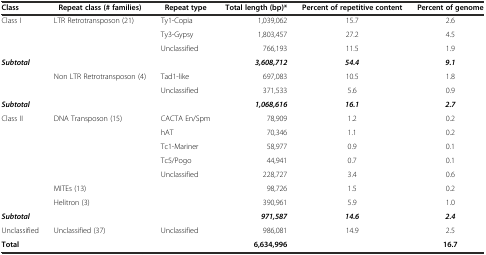
| Class | Repeat class (# families) | Repeat type | Total length (bp)* | Percent of repetitive content | Percent of genome |
 | --- | --- | --- | --- | --- | --- |
 | Class I | LTR Retrotransposon (21) | Ty1-Copia | 1,039,062 | 15.7 | 2.6 |
 |  |  | Ty3-Gypsy | 1,803,457 | 27.2 | 4.5 |
 |  |  | Unclassified | 766,193 | 11.5 | 1.9 |
 | Subtotal |  |  | 3,608,712 | 54.4 | 9.1 |
 |  | Non LTR Retrotransposon (4) | Tad1-like | 697,083 | 10.5 | 1.8 |
 |  |  | Unclassified | 371,533 | 5.6 | 0.9 |
 | Subtotal |  |  | 1,068,616 | 16.1 | 2.7 |
 | Class II | DNA Transposon (15) | CACTA En/Spm | 78,909 | 1.2 | 0.2 |
 |  |  | hAT | 70,346 | 1.1 | 0.2 |
 |  |  | Tc1-Mariner | 58,977 | 0.9 | 0.1 |
 |  |  | Tc5/Pogo | 44,941 | 0.7 | 0.1 |
 |  |  | Unclassified | 228,727 | 3.4 | 0.6 |
 |  | MITEs (13) |  | 98,726 | 1.5 | 0.2 |
 |  | Helitron (3) |  | 390,961 | 5.9 | 1.0 |
 | Subtotal |  |  | 971,587 | 14.6 | 2.4 |
 | Unclassified | Unclassified (37) | Unclassified | 986,081 | 14.9 | 2.5 |
 | Total |  |  | 6,634,996 |  | 16.7 |